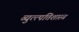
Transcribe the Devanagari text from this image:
व्युत्त्पत्तिशास्त्र